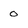
Character: 0